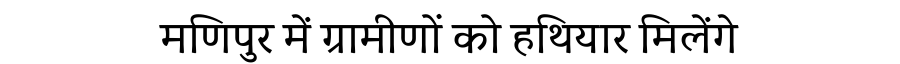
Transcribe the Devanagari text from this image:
मणिपुर में ग्रामीणों को हथियार मिलेंगे